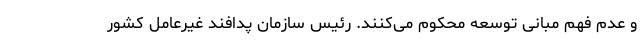
و عدم فهم مبانی توسعه محکوم می‌کنند. رئیس سازمان پدافند غیرعامل کشور